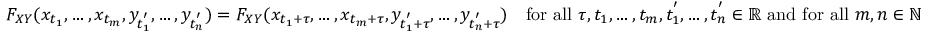
F _ { X Y } ( x _ { t _ { 1 } } , \ldots , x _ { t _ { m } } , y _ { t _ { 1 } ^ { ' } } , \ldots , y _ { t _ { n } ^ { ' } } ) = F _ { X Y } ( x _ { t _ { 1 } + \tau } , \ldots , x _ { t _ { m } + \tau } , y _ { t _ { 1 } ^ { ' } + \tau } , \ldots , y _ { t _ { n } ^ { ' } + \tau } ) \quad { \mathrm { f o r ~ a l l ~ } } \tau , t _ { 1 } , \ldots , t _ { m } , t _ { 1 } ^ { ' } , \ldots , t _ { n } ^ { ' } \in \mathbb { R } { \mathrm { ~ a n d ~ f o r ~ a l l ~ } } m , n \in \mathbb { N }